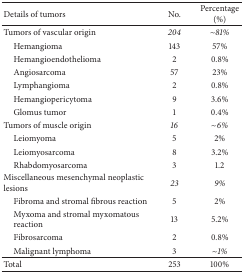
<table><thead><tr><td><b>Details of tumors</b></td><td><b> No.</b></td><td><b> Percentage (%)</b></td></tr></thead><tbody><tr><td>Tumors of vascular origin</td><td><i>204 </i></td><td> ~<i>81% </i></td></tr><tr><td> Hemangioma</td><td> 143</td><td> 57%</td></tr><tr><td> Hemangioendothelioma</td><td> 2</td><td> 0.8%</td></tr><tr><td> Angiosarcoma</td><td> 57</td><td> 23%</td></tr><tr><td> Lymphangioma</td><td> 2</td><td> 0.8%</td></tr><tr><td> Hemangiopericytoma</td><td> 9</td><td> 3.6%</td></tr><tr><td> Glomus tumor</td><td> 1</td><td> 0.4%</td></tr><tr><td>Tumors of muscle origin</td><td><i>16 </i></td><td> ~<i>6% </i></td></tr><tr><td> Leiomyoma</td><td> 5</td><td> 2%</td></tr><tr><td> Leiomyosarcoma</td><td> 8</td><td> 3.2%</td></tr><tr><td> Rhabdomyosarcoma</td><td> 3</td><td> 1.2</td></tr><tr><td>Miscellaneous mesenchymal neoplastic lesions</td><td><i>23 </i></td><td><i>9% </i></td></tr><tr><td> Fibroma and stromal fibrous reaction</td><td> 5</td><td> 2%</td></tr><tr><td> Myxoma and stromal myxomatous reaction</td><td> 13</td><td> 5.2%</td></tr><tr><td> Fibrosarcoma</td><td> 2</td><td> 0.8%</td></tr><tr><td> Malignant lymphoma</td><td> 3</td><td><i>~1% </i></td></tr><tr><td>Total</td><td> 253</td><td> 100%</td></tr></tbody></table>